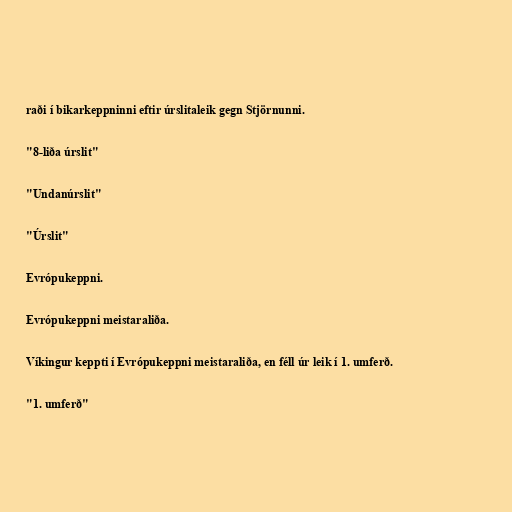
raði í bikarkeppninni eftir úrslitaleik gegn Stjörnunni.

"8-liða úrslit"

"Undanúrslit"

"Úrslit"

Evrópukeppni.

Evrópukeppni meistaraliða.

Víkingur keppti í Evrópukeppni meistaraliða, en féll úr leik í 1. umferð.

"1. umferð"